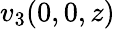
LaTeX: v_{3}(0,0,z)